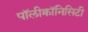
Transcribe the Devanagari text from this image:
पॉलीक्रॉनिसिटी